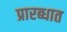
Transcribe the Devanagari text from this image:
प्रारब्धात